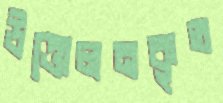
উত্তোলনকৃত